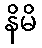
နိမိ